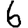
Digit: 6